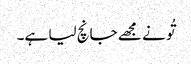
تُو نے مجھے جانچ لیا ہے۔